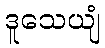
ဒူသေယျံ